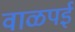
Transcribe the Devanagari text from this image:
वाळपई